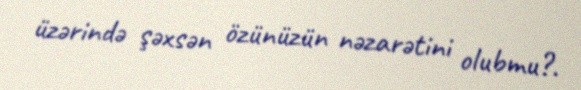
üzərində şəxsən özünüzün nəzarətini olubmu?.